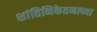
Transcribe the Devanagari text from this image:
शांतिनिकेतनाच्या